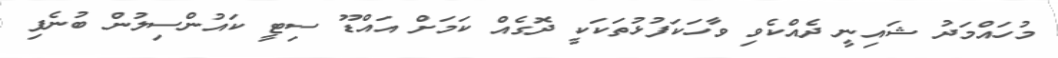
މުހައްމަދު ޝައިނީ ދެއްކެވި ވާހަކަފުޅުތަކަކީ ދޮގެއް ކަމަށް އައްޑޫ ސިޓީ ކައުންސިލުން ބުނެފި